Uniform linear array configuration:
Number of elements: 32
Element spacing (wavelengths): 0.25
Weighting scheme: cosine
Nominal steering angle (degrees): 30
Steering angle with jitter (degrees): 28.747
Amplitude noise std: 0.05
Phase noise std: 0.05

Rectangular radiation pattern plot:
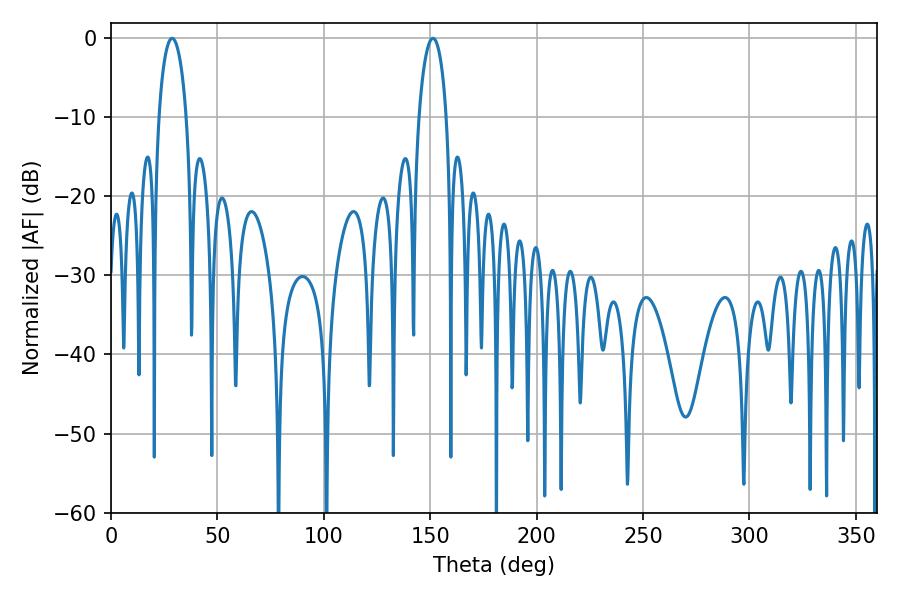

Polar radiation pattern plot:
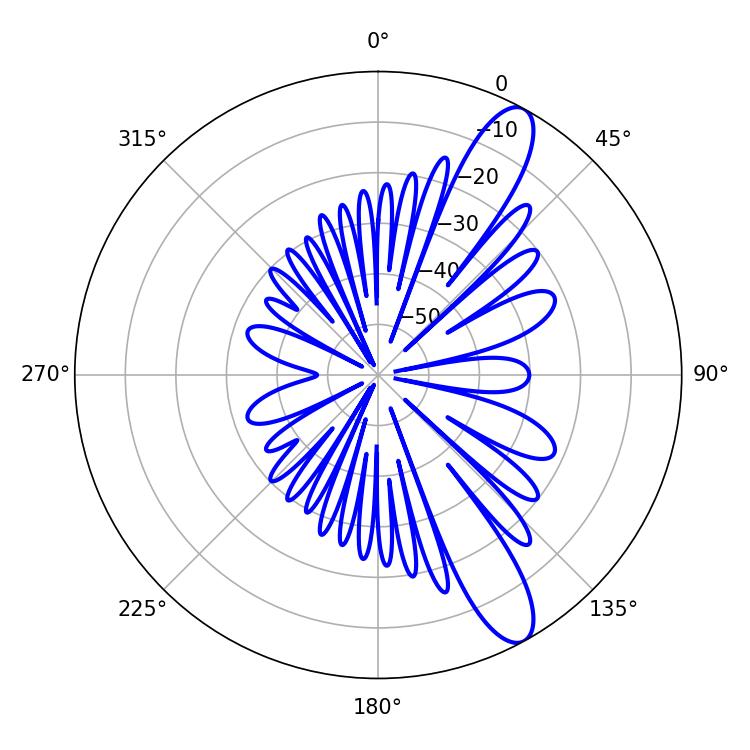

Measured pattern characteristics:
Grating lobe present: FALSE
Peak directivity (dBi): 11.622
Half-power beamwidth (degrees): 7.38
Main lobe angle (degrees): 151.2